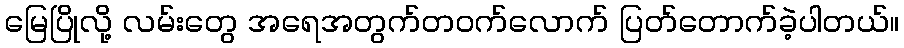
မြေပြိုလို့ လမ်းတွေ အရေအတွက်တဝက်လောက် ပြတ်တောက်ခဲ့ပါတယ်။